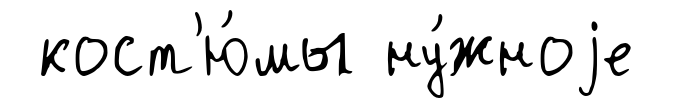
кост'ю́мы ну́жноjе